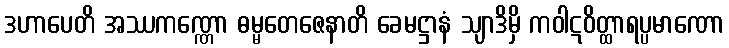
ဒဟာပေတိ အဿကဏ္ဏော ဓမ္မတေဇေနာတိ ခေမဋ္ဌာနံ သျာဒိမှိ ကဝါဋဝိတ္ထာရပ္ပမာဏော